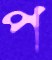
প